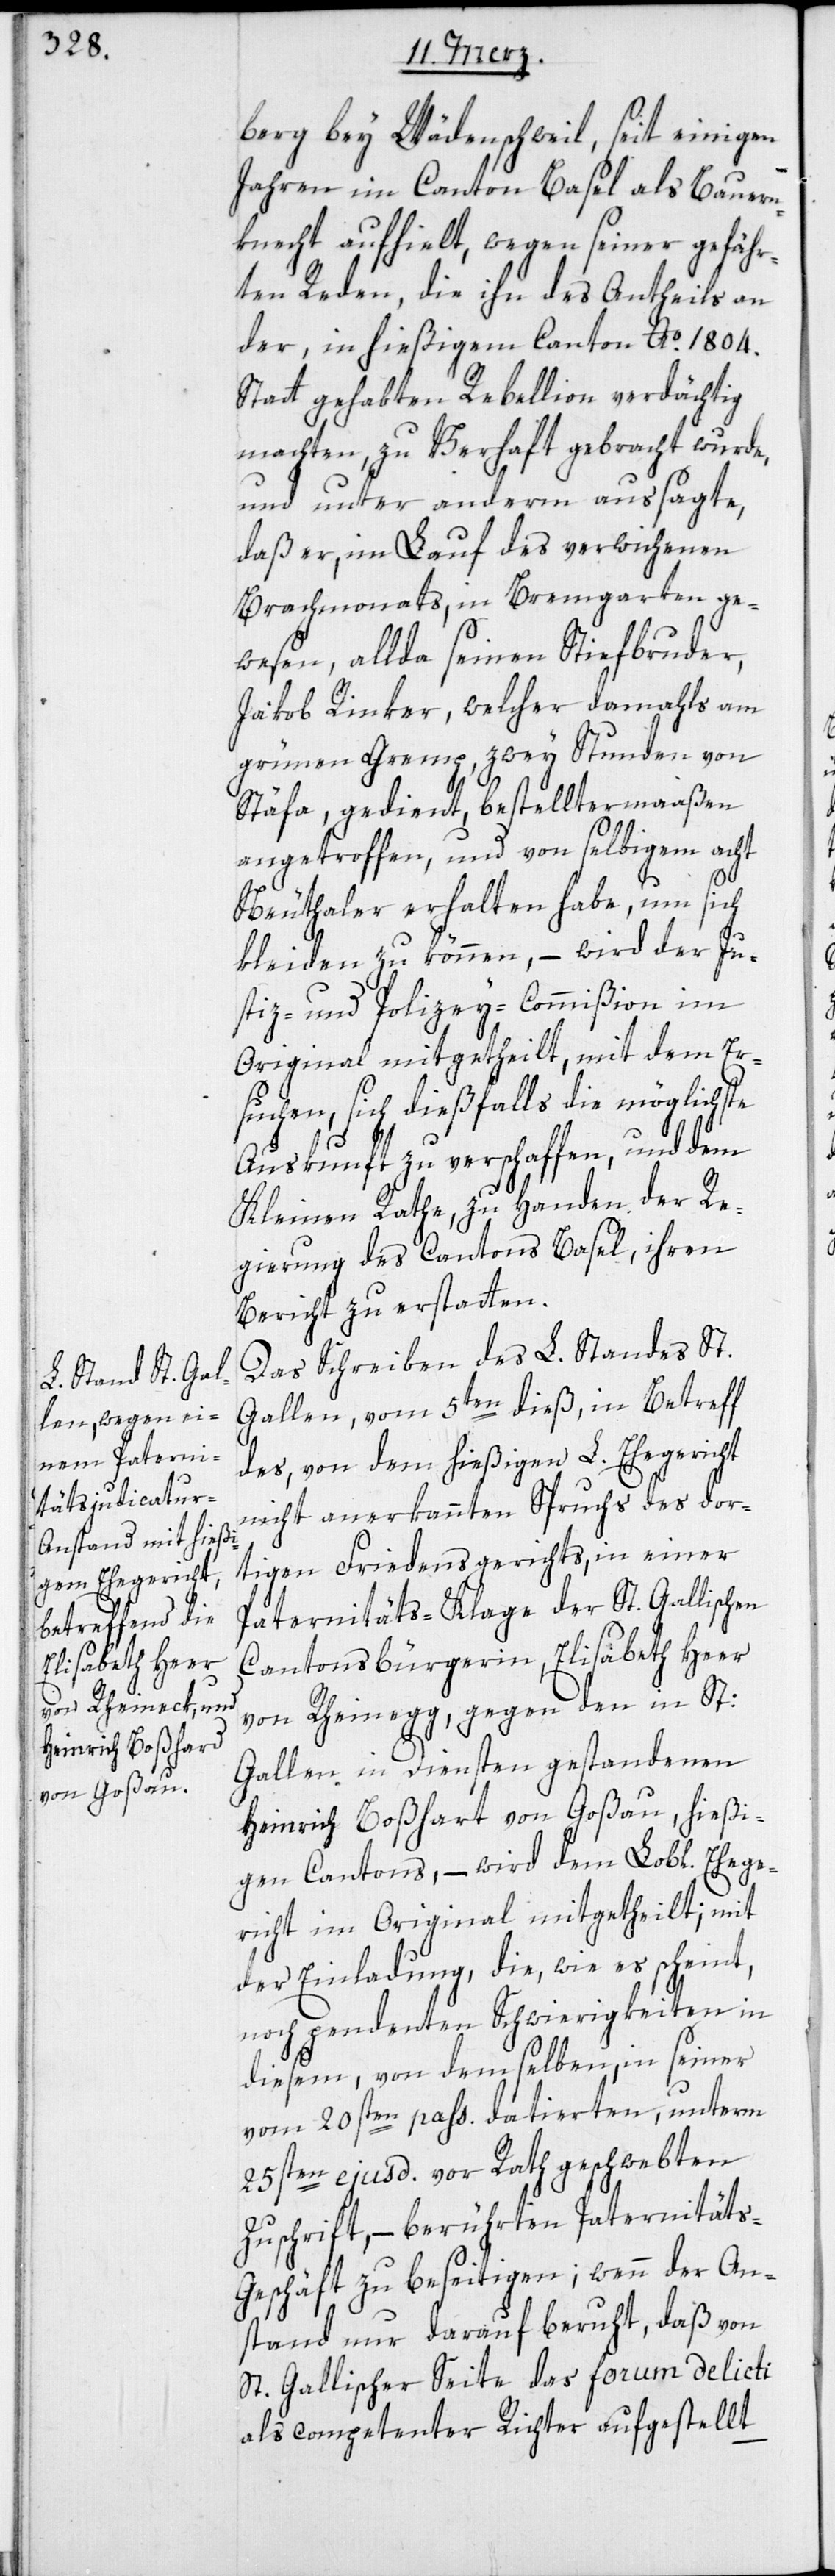
berg bey Wädenschweil, seit einigen
Jahren im Canton Basel als Bauern¬
knecht aufhielt, wegen seiner gefähr¬
ten Reden, die ihn des Antheils an
der, in hießigem Canton Ao. 1804.
stattgehabten Rebellion verdächtig
machten, zu Verhaft gebracht wurde,
und unter anderem aussagte,
daß er, im Lauf des verwichenen
Brachmonats, in Bremgarten ge¬
wesen, allda seinen Stiefbruder,
Jakob Rinker, welcher damahls am
grünen Gremp, zwey Stunden von
Stäfa, gedient, bestelltermaaßen
angetroffen, und von selbigem acht
Neuthaler erhalten habe, um sich
kleiden zu können, – wird der Ju¬
stiz- und Polizey-Commißion im
Original mitgetheilt, mit dem Er¬
suchen, sich dießfalls die möglichste
Auskunft zu verschaffen, und dem
Kleinen Rathe, zu Handen der Re¬
gierung des Cantons Basel, ihren
Bericht zu erstatten.
Das Schreiben des L. Standes St.
Gallen, vom 5ten dieß, in Betreff
des, von dem hießigen L. Ehegericht
nicht anerkannten Spruchs des dor¬
tigen Friedensgerichts, in einer
Paternitäts-Klage der St. Gallischen
Cantonsbürgerin, Elisabeth Heer
von Rheinegg, gegen den in St.
Gallen in Diensten gestandenen
Heinrich Boßhard von Goßau, hießi¬
gen Cantons, – wird dem Lobl. Ehege¬
richt im Original mitgetheilt; mit
der Einladung, die, wie es scheint,
noch pendenten Schwierigkeiten in
diesem, von demselben, in seiner
vom 20sten pass. datierten, unterm
25sten ejusd. vor Rath geschwebten
Zuschrift, – berührten Paternitäts-G¬
eschäft zu beseitigen; wenn der An¬
stand nur darauf beruht, daß von
St. Gallischer Seite das forum delicti
als competenter Richter aufgestellt